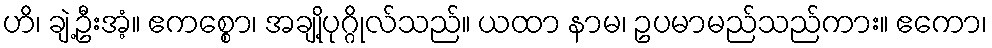
ဟိ၊ ချဲ့ဦးအံ့။ ဧကစ္စော၊ အချို့ပုဂ္ဂိုလ်သည်။ ယထာ နာမ၊ ဥပမာမည်သည်ကား။ ဧကော၊